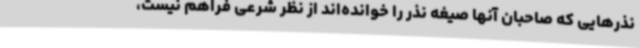
نذرهایی که صاحبان آنها صیغه نذر را خوانده‌اند از نظر شرعی فراهم نیست،